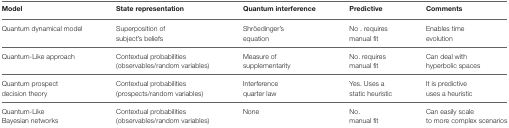
<table><thead><tr><td><b>Model</b></td><td><b>State representation</b></td><td><b>Quantum interference</b></td><td><b>Predictive</b></td><td><b>Comments</b></td></tr></thead><tbody><tr><td>Quantum dynamical model</td><td>Superposition of subject&#x27;s beliefs</td><td>Shröedinger&#x27;s equation</td><td>No. requires manual fit</td><td>Enables time evolution</td></tr><tr><td>Quantum-Like approach</td><td>Contextual probabilities (observables/random variables)</td><td>Measure of supplementarity</td><td>No. requires manual fit</td><td>Can deal with hyperbolic spaces</td></tr><tr><td>Quantum prospect decision theory</td><td>Contextual probabilities (prospects/random variables)</td><td>Interference quarter law</td><td>Yes. Uses a static heuristic</td><td>It is predictive uses a heuristic</td></tr><tr><td>Quantum-Like Bayesian networks</td><td>Contextual probabilities (observables/random variables)</td><td>None</td><td>No. manual fit</td><td>Can easily scale to more complex scenarios</td></tr></tbody></table>